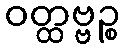
ဝတ္ထဗ္ဗဉ္စ